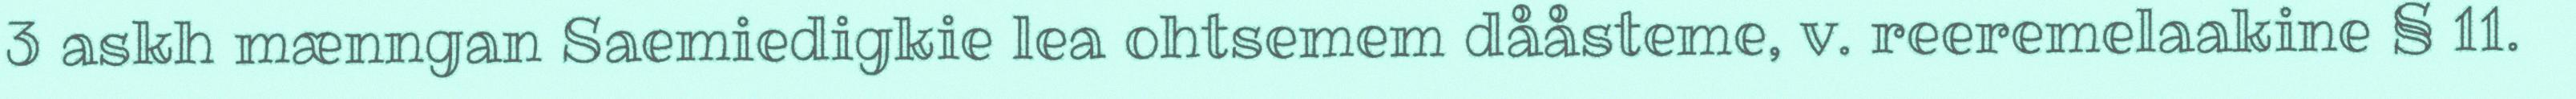
3 askh mænngan Saemiedigkie lea ohtsemem dååsteme, v. reeremelaakine § 11.